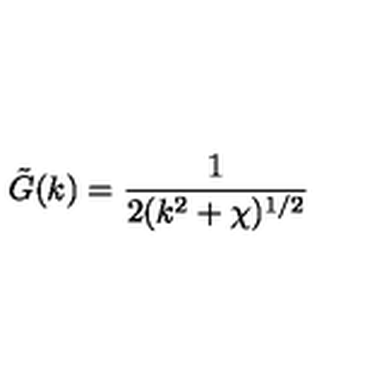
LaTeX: \tilde { G } ( k ) = { \frac { 1 } { 2 ( k ^ { 2 } + \chi ) ^ { 1 / 2 } } }